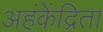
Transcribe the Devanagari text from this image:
अहंकेंद्रिता